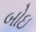
બોઇ